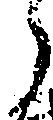
う